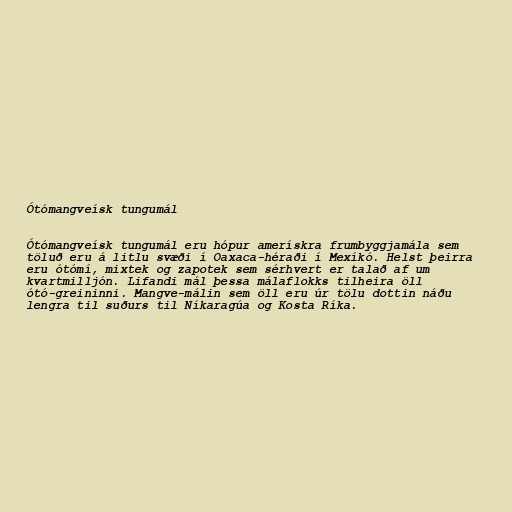
Ótómangveísk tungumál

Ótómangveísk tungumál eru hópur amerískra frumbyggjamála sem
töluð eru á litlu svæði í Oaxaca-héraði í Mexíkó. Helst þeirra
eru ótómí, mixtek og zapotek sem sérhvert er talað af um
kvartmilljón. Lifandi mál þessa málaflokks tilheira öll
ótó-greininni. Mangve-málin sem öll eru úr tölu dottin náðu
lengra til suðurs til Níkaragúa og Kosta Ríka.